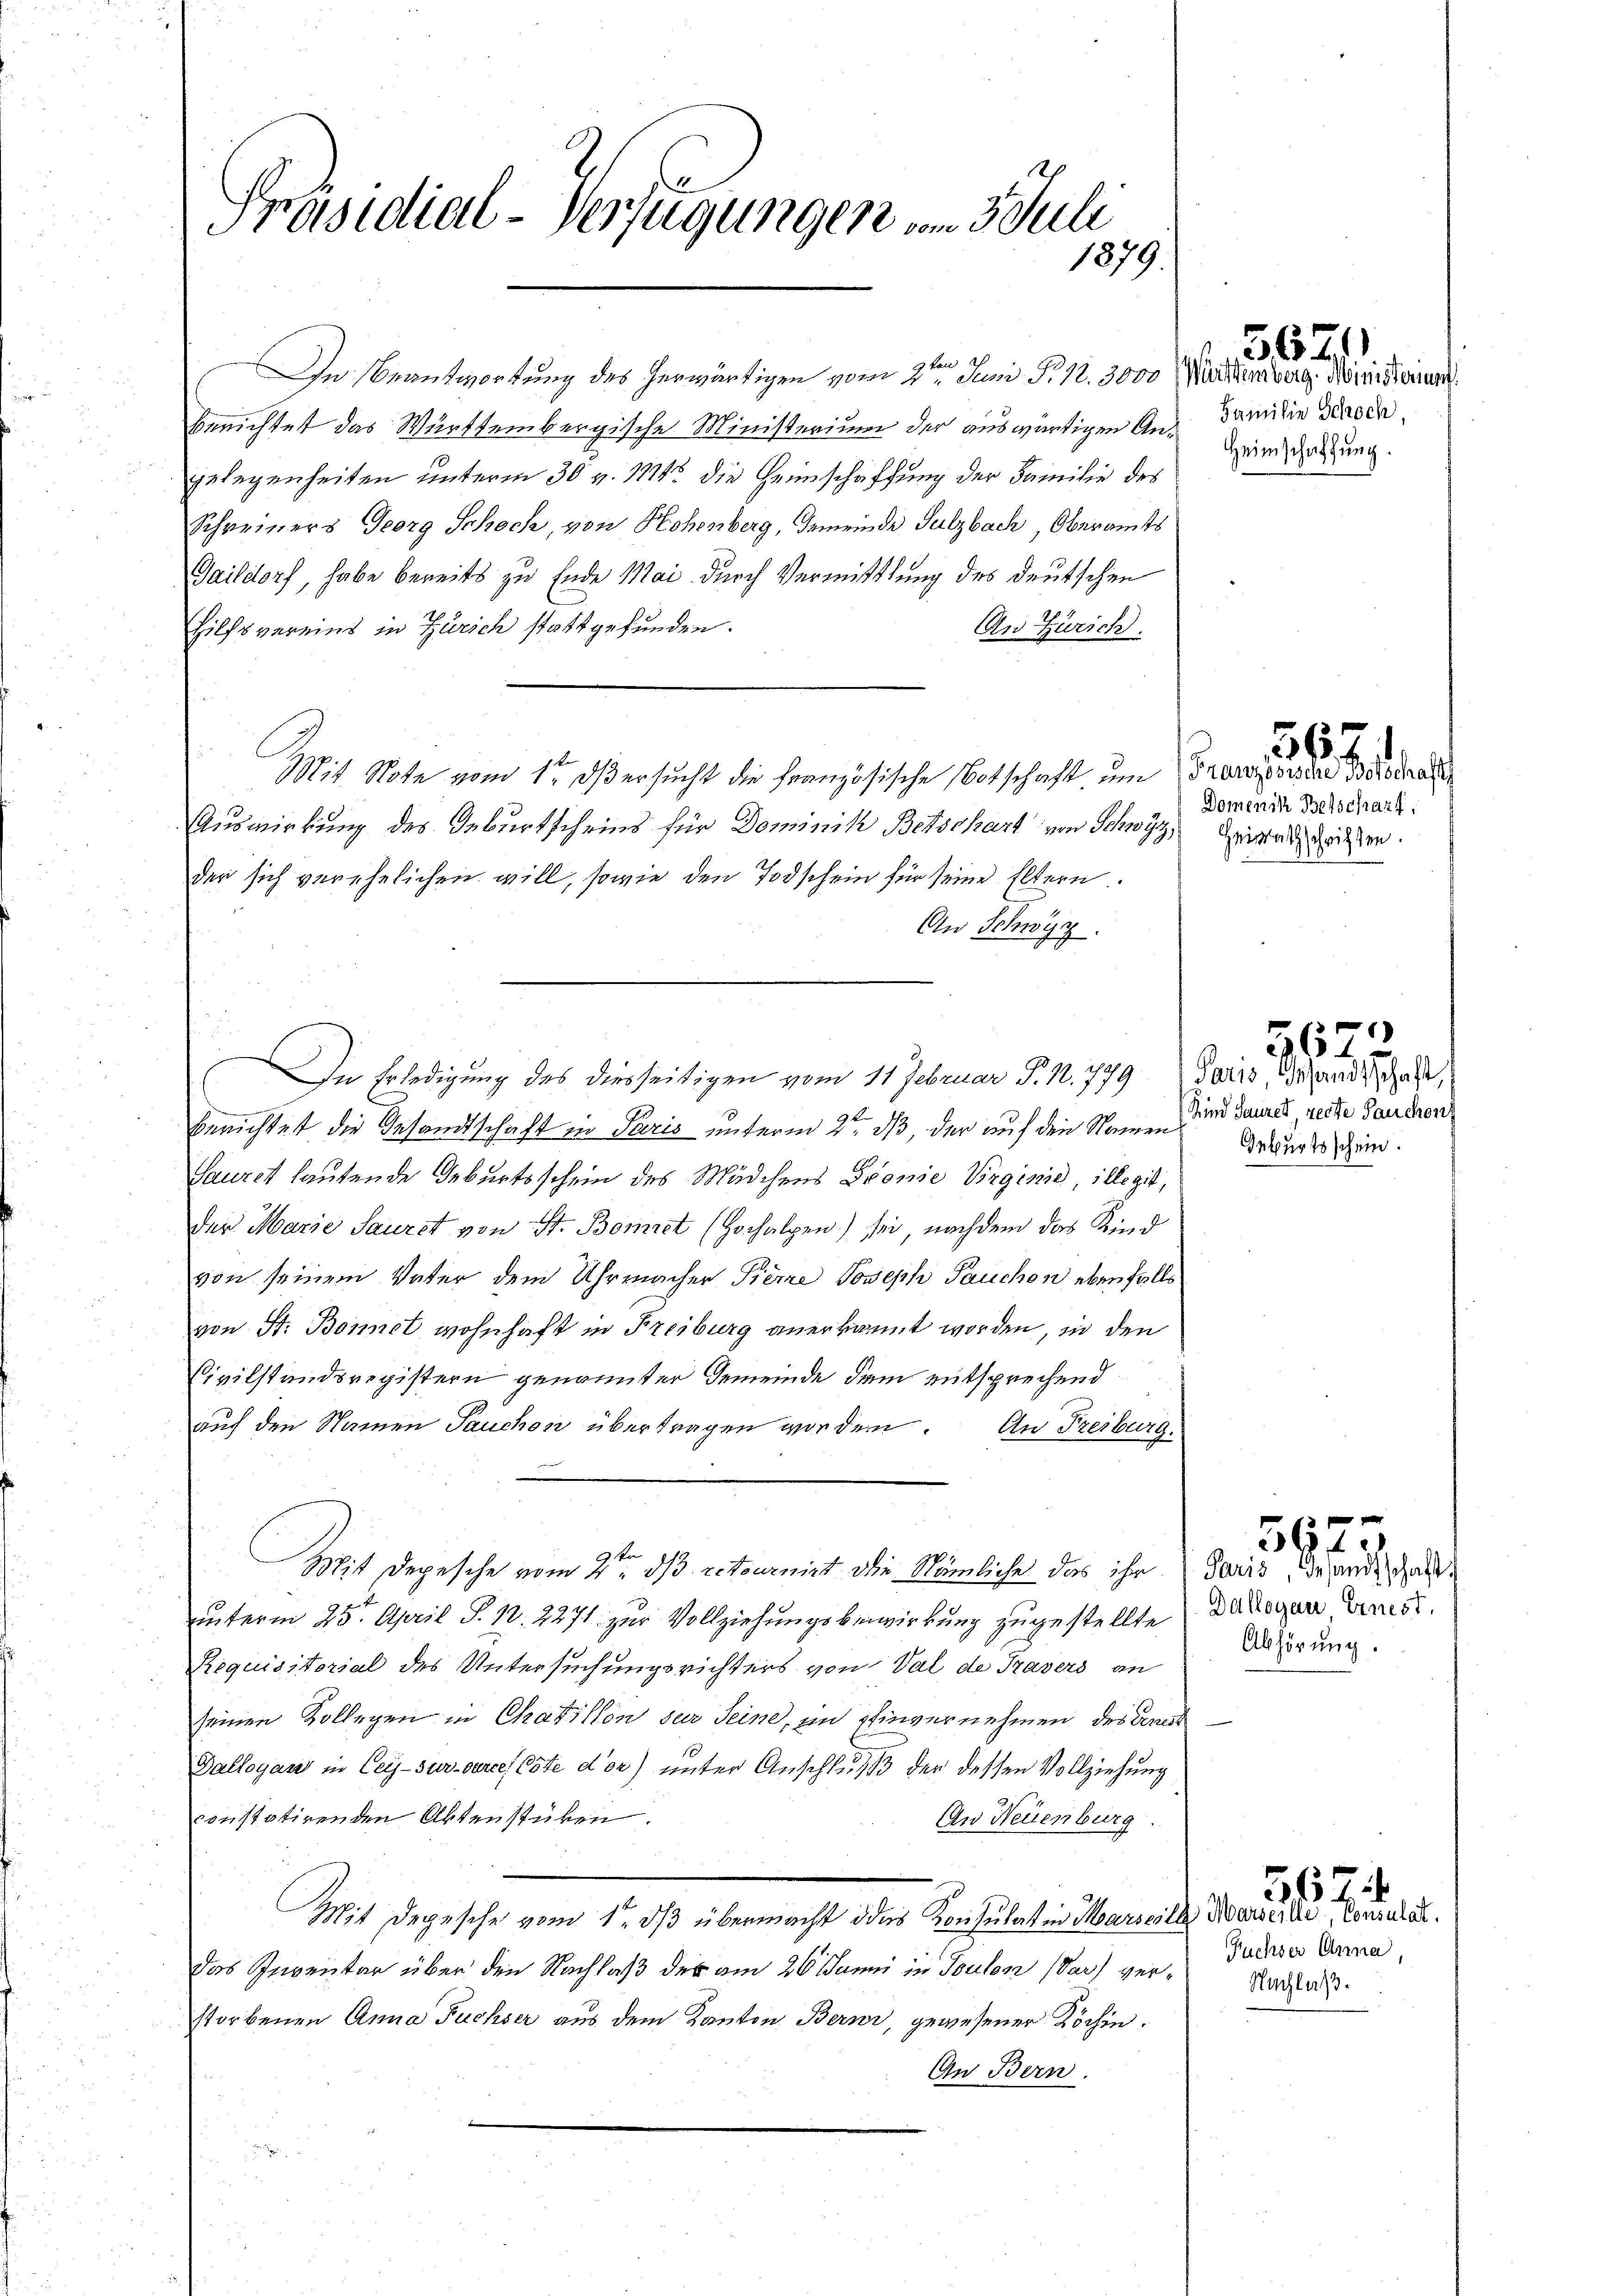
Präsidial-Verfügungen vom Juli
1879

In Beantwortung des herwärtigen vom 2ten Juni P. 12. 3000
Berichtet das Württembergische Ministerium der auswärtigen Angelegenheiten unterm 30 v. 111 die Heimschaffung der Familie des
Schreiners Georg Schoch, von Hohenberg, Gemeinder Sulzbach, Oberamts
Gaildorf, habe bereits zu Ende Mai durch Vermittlung des deutschen
Hilfsvereins in Zürich stattgefunden.
An Zürich.
Mit Note vom 1. dß ersucht die französische Botschaft um Französische Botschaf
Auswirkung des Geburtscheins für Dominik Betschart von Schwyz, Heirats dritten.
der sich verehelichen will, sowie den Todschein für seine Eltern.
An Schwyz.
berichtet die Gesandtschaft in Paris unterm 2ten ds, der auf den Namen und dannes, reite Gauder
Saurch lautende Geburtsschein des Mädchens Fronie Virginie, illegit,
der Marie Saurst von St. Bomiet (Hochalpen) sei, nachdem das Kind
von seinem Vater dem Uhrmacher Tiere Joseph Pauchon ebenfalls
von St. Bonnet wohnhaft in Freiburg anerkannt worden, in den
Civilstandsregistern genannter Gemeinde dem entsprechend
auf den Namen Tauchon übertragen worden. An Freiburg.
Mit Depesche vom 2ten ds retournirt die Nämliche das ihr
unterm 25. April S. 12. 2271 zur Vollziehungsbewirkung zugestellte
Requisitorial des Untersuchungsrichters von Val de Travers an
seinen Kollegen in Chatillon sur seine, im Einvernehmen des Einest
Dallogau in Cey-Sur-verces Este d’or) unter Anschluß der dessen Vollziehung
constatirenden Aktenstüken.
An Neuenburg
Mit Depesche vom 1. ds übermacht das Konsulat in Marseille Kaiserke, Consulat.
das Inventar über den Nachlaß der am 26. Janni in Toulon (Var) verstorbenen Anna Fuchser aus dem Kanton Bern, gewesener Köchin.
In Bern.

In Erledigung des diesseitigen vom 11 Februar P. 1. 779 Paris Gesandtschaft,

Württemberg. Ministerium
Familie Schoch,
Heimschaffung.

5621

Domenik Betschaft,

567

Geburtsschein.

3679

Paris Gesandtschaft
Dallogau ernest.
Abhörung.

567.

Füchser Anna,
Nachlaß.

567